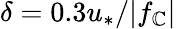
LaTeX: \delta=0.3u_{\ast}/|f_{\mathbb{C}}|